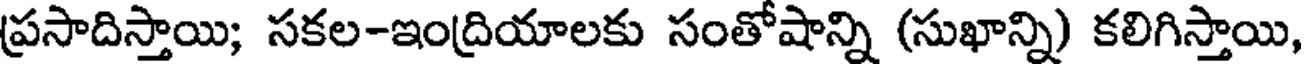
ప్రసాదిస్తాయి; సకల-ఇంద్రియాలకు సంతోషాన్ని (సుఖాన్ని) కలిగిస్తాయి,